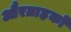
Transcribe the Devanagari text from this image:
औरग्राहकों